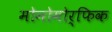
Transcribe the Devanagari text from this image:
मोनोमोर्फिक